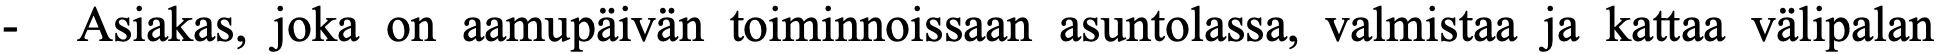
-  Asiakas, joka on aamupäivän toiminnoissaan asuntolassa, valmistaa ja kattaa välipalan